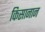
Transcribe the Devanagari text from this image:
किसानान